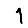
Digit: 1